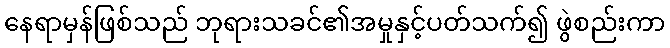
နေရာမှန်ဖြစ်သည် ဘုရားသခင်၏အမှုနှင့်ပတ်သက်၍ ဖွဲစည်းကာ